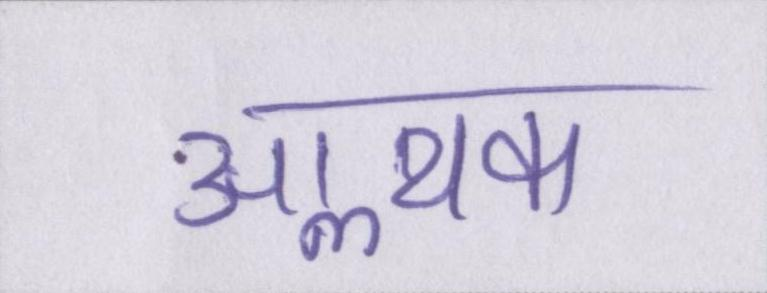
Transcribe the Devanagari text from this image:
आॢथक